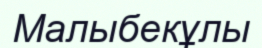
Малыбекұлы